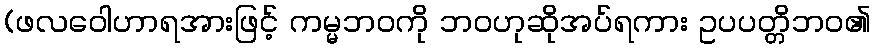
(ဖလဝေါဟာရအားဖြင့် ကမ္မဘဝကို ဘဝဟုဆိုအပ်ရကား ဥပပတ္တိဘဝ၏